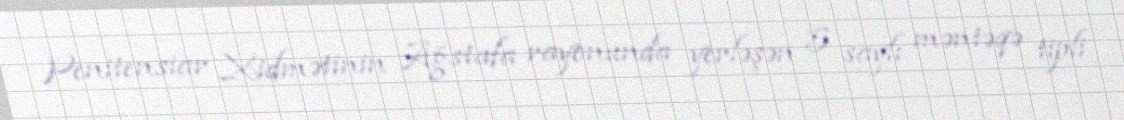
Penitensiar Xidmətinin Ağstafa rayonunda yerləşən 5 saylı məntəqə tipli